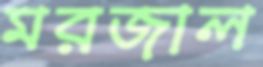
মরজাল